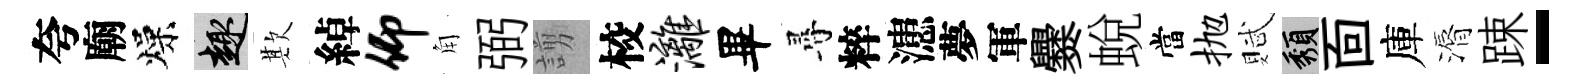
夸廟燥趣欺綽仰角弼謭校漓畢尋粹漶夢軍爨蛻當抛賦頽靣庫漘踈-